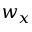
w _ { x }